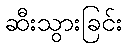
ဆီးသွားခြင်း